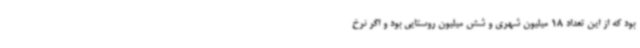
بود که از این تعداد 18 میلیون شهری و شش میلیون روستایی بود و اگر نرخ